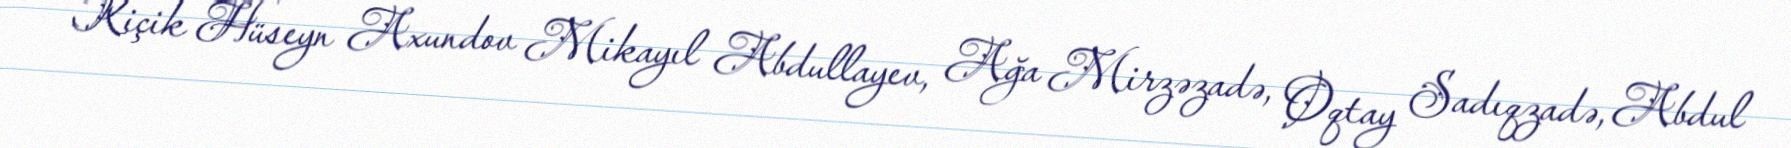
Kiçik Hüseyn Axundov Mikayıl Abdullayev, Ağa Mirzəzadə, Oqtay Sadıqzadə, Abdul